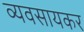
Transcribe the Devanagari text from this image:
व्यवसायकर